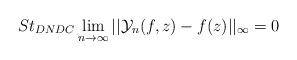
LaTeX: \begin{align*} St_{DNDC}\lim_{n\rightarrow \infty}||\mathcal{Y}_{n}(f,z)-f(z)||_{\infty}=0 \end{align*}